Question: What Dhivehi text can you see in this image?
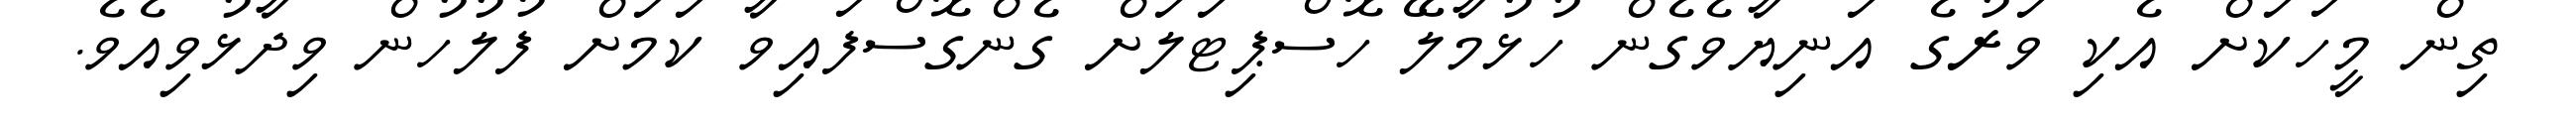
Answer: ތިން މީހަކަށް އެކި ވަރުގެ އަނިޔާވެގެން ހުޅުމާލޭ ހޮސްޕިޓަލަށް ގެންގޮސްފައިވާ ކަމަށް ފުލުހުން ވިދާޅުވިއެވެ.